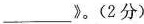
___》。(2分)